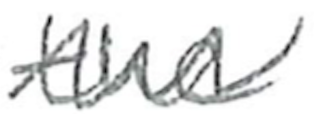
Text: the
Cross-out: zig-zag
Writing tool: pencil